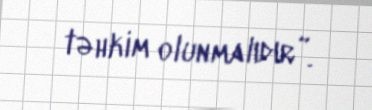
təhkim olunmalıdır”.